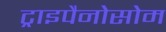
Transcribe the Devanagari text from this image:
ट्राइपैनोसोम